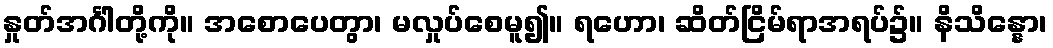
နှုတ်အင်္ဂါတို့ကို။ အစောပေတွာ၊ မလှုပ်စေမူ၍။ ရဟော၊ ဆိတ်ငြိမ်ရာအရပ်၌။ နိသိန္နော၊